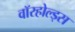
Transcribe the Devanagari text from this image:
वॉरहोल्ड्स